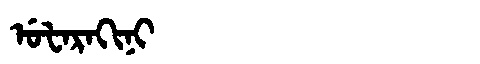
Manchu: ᡠᡶᠠᡵᠠᡴᡳᠨᡳ
Romanization: UFARAKINI